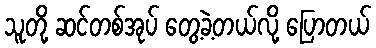
သူတို့ ဆင်တစ်အုပ် တွေ့ခဲ့တယ်လို့ ပြောတယ်